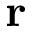
\mathbf { r }